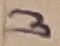
Text: 3